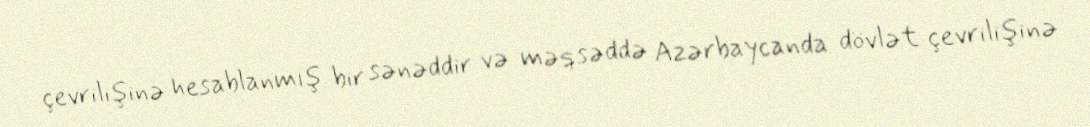
çevrilişinə hesablanmış bir sənəddir və məqsəddə Azərbaycanda dövlət çevrilişinə